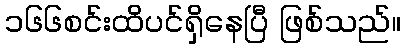
၁၆၆စင်းထိပင်ရှိနေပြီ ဖြစ်သည်။